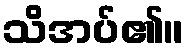
သိအပ်၏။